Report of the Indian Hemp Drugs Commission, 1894-1895 - Volume I
Year: 1894
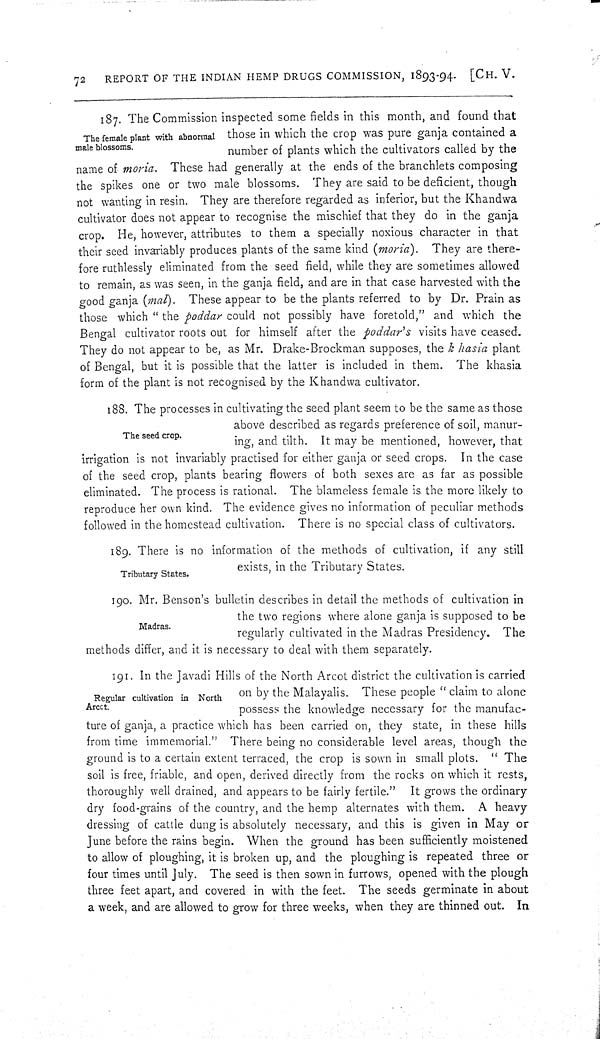
72
REPORT OF THE INDIAN HEMP DRUGS COMMISSION, 1893-94. [CH. V.
The female plant with abnormal
male blossoms.
187. The Commission inspected some fields in this month, and found that
those in which the crop was pure ganja contained a
number of plants which the cultivators called by the
name of moria. These had generally at the ends of the branchlets composing
the spikes one or two male blossoms. They are said to be deficient, though
not wanting in resin. They are therefore regarded as inferior, but the Khandwa
cultivator does not appear to recognise the mischief that they do in the ganja
crop. He, however, attributes to them a specially noxious character in that
their seed invariably produces plants of the same kind (moria). They are there-
fore ruthlessly eliminated from the seed field, while they are sometimes allowed
to remain, as was seen, in the ganja field, and are in that case harvested with the
good ganja (mal). These appear to be the plants referred to by Dr. Prain as
those which "the poddar could not possibly have foretold," and which the
Bengal cultivator roots out for himself after the poddar's visits have ceased.
They do not appear to be, as Mr. Drake-Brockman supposes, the k hasia plant
of Bengal, but it is possible that the latter is included in them. The khasia
form of the plant is not recognised by the Khandwa cultivator.
The seed crop.
188. The processes in cultivating the seed plant seem to be the same as those
above described as regards preference of soil, manur-
ing, and tilth. It may be mentioned, however, that
irrigation is not invariably practised for either ganja or seed crops. In the case
of the seed crop, plants bearing flowers of both sexes are as far as possible
eliminated. The process is rational. The blameless female is the more likely to
reproduce her own kind. The evidence gives no information of peculiar methods
followed in the homestead cultivation. There is no special class of cultivators.
Tributary States.
189. There is no information of the methods of cultivation, if any still
exists, in the Tributary States.
Madras.
190. Mr. Benson's bulletin describes in detail the methods of cultivation in
the two regions where alone ganja is supposed to be
regularly cultivated in the Madras Presidency. The
methods differ, and it is necessary to deal with them separately.
Regular cultivation in North
Arcct.
191. In the Javadi Hills of the North Arcot district the cultivation is carried
on by the Malayalis. These people "claim to alone
possess the knowledge necessary for the manufac-
ture of ganja, a practice which has been carried on, they state, in these hills
from time immemorial." There being no considerable level areas, though the
ground is to a certain extent terraced, the crop is sown in small plots. "The
soil is free, friable, and open, derived directly from the rocks on which it rests,
thoroughly well drained, and appears to be fairly fertile." It grows the ordinary
dry food-grains of the country, and the hemp alternates with them. A heavy
dressing of cattle dung is absolutely necessary, and this is given in May or
June before the rains begin. When the ground has been sufficiently moistened
to allow of ploughing, it is broken up, and the ploughing is repeated three or
four times until July. The seed is then sown in furrows, opened with the plough
three feet apart, and covered in with the feet. The seeds germinate in about
a week, and are allowed to grow for three weeks, when they are thinned out. In